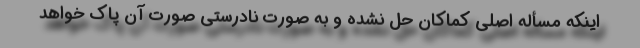
اینکه مسأله اصلی کماکان حل نشده و به صورت نادرستی صورت آن پاک خواهد